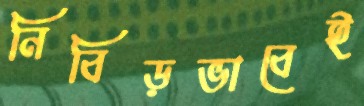
নিবিড়ভাবেই